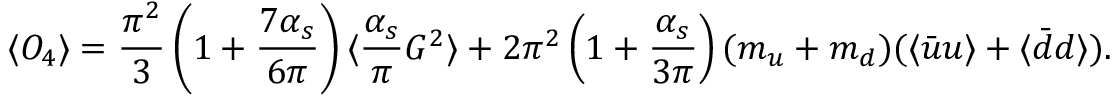
\langle { \cal O } _ { 4 } \rangle = \frac { \pi ^ { 2 } } 3 \left( 1 + \frac { 7 \alpha _ { s } } { 6 \pi } \right) \langle \frac { \alpha _ { s } } \pi G ^ { 2 } \rangle + 2 \pi ^ { 2 } \left( 1 + \frac { \alpha _ { s } } { 3 \pi } \right) ( m _ { u } + m _ { d } ) ( \langle \bar { u } u \rangle + \langle \bar { d } d \rangle ) .